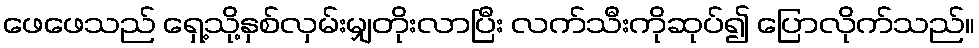
ဖေဖေသည် ရှေ့သို့နှစ်လှမ်းမျှတိုးလာပြီး လက်သီးကိုဆုပ်၍ ပြောလိုက်သည်။